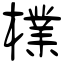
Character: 檏